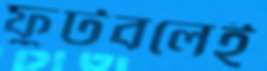
ফুটবলেই